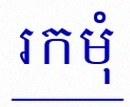
រកមុំ